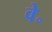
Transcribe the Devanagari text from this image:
वे॰